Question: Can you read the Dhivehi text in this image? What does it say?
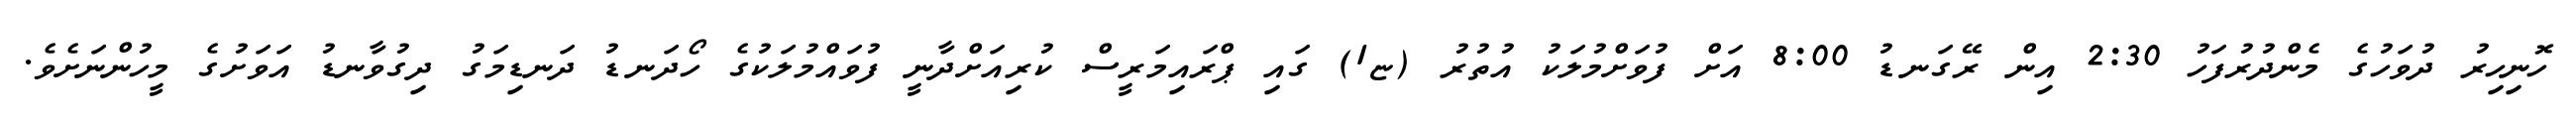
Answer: ހޮނިހިރު ދުވަހުގެ މެންދުރުފަހު 2:30 އިން ރޭގަނޑު 8:00 އަށް ފުވަށްމުލަކު އުތުރު (ޏ1) ގައި ޕްރައިމަރީސް ކުރިއަށްދާނީ ފުވައްމުލަކުގެ ހޯދަނޑު ދަނޑިމަގު ދިގުވާނޑު އަވަށުގެ މީހުންނަށެވެ.